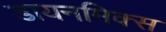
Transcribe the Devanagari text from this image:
डायनमिक्स